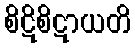
စိဋိစိဋာယတိ